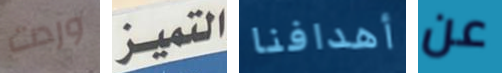
وردت التميز أهدافنا عن